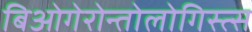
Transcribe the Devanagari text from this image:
बिओगेरोन्तोलोगिस्त्स